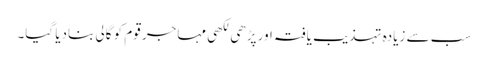
سب سے زیادہ تہذیب یافتہ اور پڑھی لکھی مہاجر قوم کو گالی بنادیا گیا۔